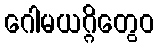
ဂေါမယဂ္ဂိတွေဝ